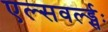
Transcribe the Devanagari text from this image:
एल्सवर्ल्ड्सः